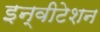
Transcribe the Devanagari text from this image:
इन्वीटेशन